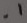
Text: .1